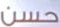
حسن